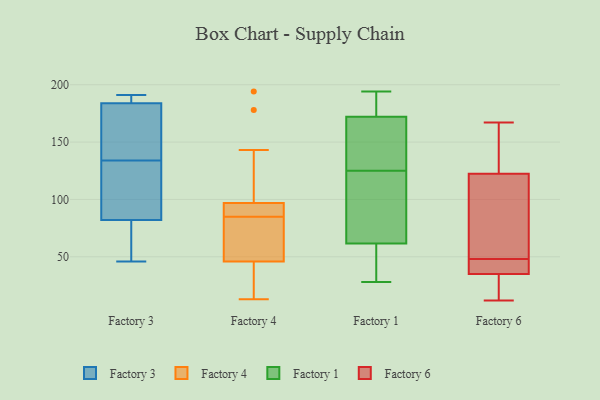
{"axis": {"x": "Revenue (USD Million)", "y": "Value"}, "legend": ["Factory 1", "Factory 3", "Factory 4", "Factory 6"], "data": [{"x": "", "y": 76, "type": "Factory 3"}, {"x": "", "y": 155, "type": "Factory 3"}, {"x": "", "y": 188, "type": "Factory 3"}, {"x": "", "y": 100, "type": "Factory 3"}, {"x": "", "y": 46, "type": "Factory 3"}, {"x": "", "y": 52, "type": "Factory 3"}, {"x": "", "y": 171, "type": "Factory 3"}, {"x": "", "y": 191, "type": "Factory 3"}, {"x": "", "y": 104, "type": "Factory 3"}, {"x": "", "y": 189, "type": "Factory 3"}, {"x": "", "y": 134, "type": "Factory 3"}, {"x": "", "y": 13, "type": "Factory 4"}, {"x": "", "y": 48, "type": "Factory 4"}, {"x": "", "y": 129, "type": "Factory 4"}, {"x": "", "y": 86, "type": "Factory 4"}, {"x": "", "y": 194, "type": "Factory 4"}, {"x": "", "y": 143, "type": "Factory 4"}, {"x": "", "y": 39, "type": "Factory 4"}, {"x": "", "y": 84, "type": "Factory 4"}, {"x": "", "y": 36, "type": "Factory 4"}, {"x": "", "y": 58, "type": "Factory 4"}, {"x": "", "y": 96, "type": "Factory 4"}, {"x": "", "y": 68, "type": "Factory 4"}, {"x": "", "y": 44, "type": "Factory 4"}, {"x": "", "y": 93, "type": "Factory 4"}, {"x": "", "y": 178, "type": "Factory 4"}, {"x": "", "y": 80, "type": "Factory 4"}, {"x": "", "y": 25, "type": "Factory 4"}, {"x": "", "y": 97, "type": "Factory 4"}, {"x": "", "y": 97, "type": "Factory 4"}, {"x": "", "y": 90, "type": "Factory 4"}, {"x": "", "y": 170, "type": "Factory 1"}, {"x": "", "y": 73, "type": "Factory 1"}, {"x": "", "y": 126, "type": "Factory 1"}, {"x": "", "y": 174, "type": "Factory 1"}, {"x": "", "y": 89, "type": "Factory 1"}, {"x": "", "y": 28, "type": "Factory 1"}, {"x": "", "y": 45, "type": "Factory 1"}, {"x": "", "y": 190, "type": "Factory 1"}, {"x": "", "y": 194, "type": "Factory 1"}, {"x": "", "y": 134, "type": "Factory 1"}, {"x": "", "y": 188, "type": "Factory 1"}, {"x": "", "y": 50, "type": "Factory 1"}, {"x": "", "y": 124, "type": "Factory 1"}, {"x": "", "y": 34, "type": "Factory 1"}, {"x": "", "y": 139, "type": "Factory 1"}, {"x": "", "y": 91, "type": "Factory 1"}, {"x": "", "y": 49, "type": "Factory 6"}, {"x": "", "y": 18, "type": "Factory 6"}, {"x": "", "y": 40, "type": "Factory 6"}, {"x": "", "y": 143, "type": "Factory 6"}, {"x": "", "y": 159, "type": "Factory 6"}, {"x": "", "y": 113, "type": "Factory 6"}, {"x": "", "y": 44, "type": "Factory 6"}, {"x": "", "y": 44, "type": "Factory 6"}, {"x": "", "y": 12, "type": "Factory 6"}, {"x": "", "y": 115, "type": "Factory 6"}, {"x": "", "y": 130, "type": "Factory 6"}, {"x": "", "y": 167, "type": "Factory 6"}, {"x": "", "y": 85, "type": "Factory 6"}, {"x": "", "y": 13, "type": "Factory 6"}, {"x": "", "y": 30, "type": "Factory 6"}, {"x": "", "y": 47, "type": "Factory 6"}]}